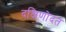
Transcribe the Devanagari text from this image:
दक्षिणोदत